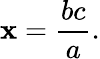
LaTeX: \mathbf{x}={\frac{{bc}}{{a}}}.